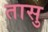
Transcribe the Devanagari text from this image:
तासु